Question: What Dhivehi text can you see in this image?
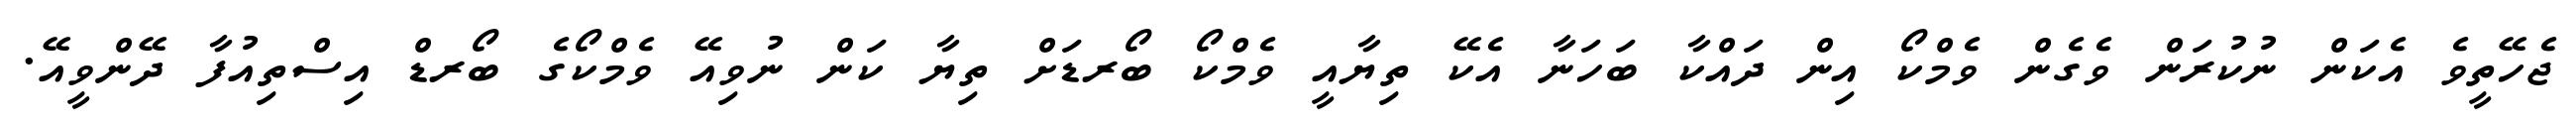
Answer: ޖެހޭތީވެ އެކަން ނުކުރަން ވެގެން ވެމްކޯ އިން ދައްކާ ބަހަނާ އެކޭ ތިޔާއީ ވެމްކޯ ބޯރޑަށް ތިޔާ ކަން ނުވިއޭ ވެމްކޯގެ ބޯރޑް އިސްތިއުފާ ދޭންވީއޭ.